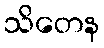
သိတေန